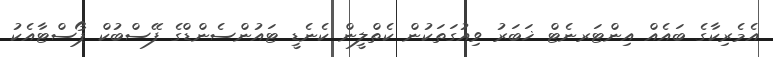
އެމެރިކާގެ ބައެއް އިންޓަރނެޓް ޚަބަރު ވިއުގަތަކުން ކެތްލީން ކެނެޑީ ޓައުންސެންޑްގެ ފޭސްބުކް ޕޯސްޓާއެކު